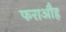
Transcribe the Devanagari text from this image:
फराऔह